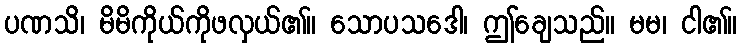
ပဏသိ၊ မိမိကိုယ်ကိုဖလှယ်၏။ သောပသဒေါ၊ ဤချေသည်။ မမ၊ ငါ၏။